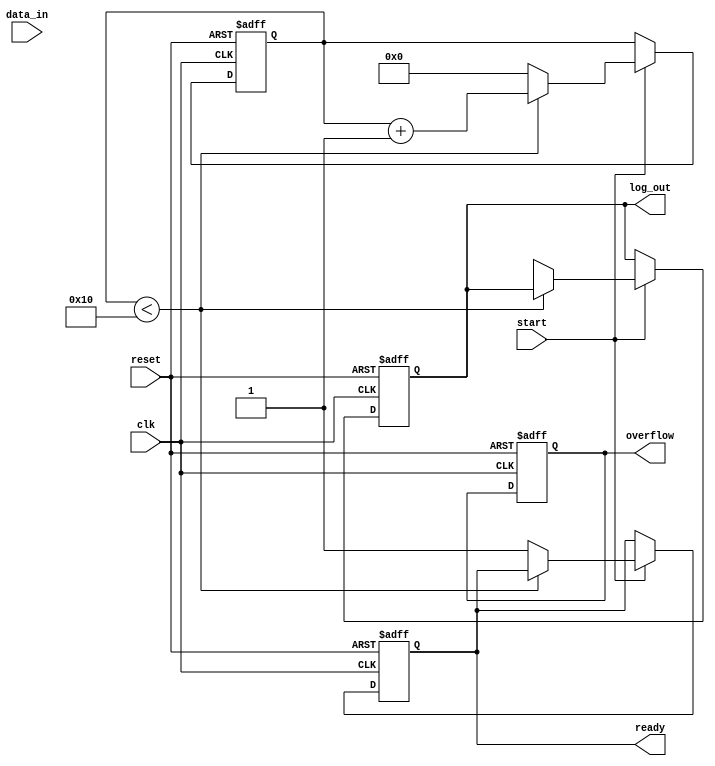
module cordic_logarithm (
    input wire clk,
    input wire reset,
    input wire start,
    input wire [15:0] data_in, // Input value for logarithm calculation
    output reg [15:0] log_out, // Logarithm output
    output reg ready,          // Indicates completion
    output reg overflow        // Overflow status flag
);

    // CORDIC parameters
    parameter NUM_ITERATIONS = 16;
    reg [15:0] x[NUM_ITERATIONS-1:0];
    reg [15:0] y[NUM_ITERATIONS-1:0];
    reg [15:0] z[NUM_ITERATIONS-1:0];
    reg [15:0] angle_table[NUM_ITERATIONS-1:0]; // Precomputed angles for CORDIC
    reg [4:0] iteration; // Iteration counter

    // Initialize angle table for logarithmic CORDIC (in radians or degrees)
    initial begin
        angle_table[0] = 16'h0000; // 0.0
        angle_table[1] = 16'h1D4C; // 0.7854 (approx. 45 degrees)
        angle_table[2] = 16'h1A6C; // 0.4637
        // Initialize other angle values as needed...
    end

    // Input normalization
    reg [15:0] normalized_input;
    always @(*) begin
        // Normalize input to range [1, 2] if necessary
        if (data_in < 16'h0001) begin
            normalized_input = 16'h0001; // Clamping to minimum
        end else if (data_in > 16'h0002) begin
            normalized_input = 16'h0002; // Clamping to maximum
        end else begin
            normalized_input = data_in;
        end
    end

    // CORDIC processing
    always @(posedge clk or posedge reset) begin
        if (reset) begin
            iteration <= 0;
            ready <= 0;
            overflow <= 0;
            log_out <= 0;
            x[0] <= normalized_input; // Initialize x with normalized input
            y[0] <= 16'h0000; // Initial y value
            z[0] <= 16'h0000; // Initial angle
        end else if (start) begin
            if (iteration < NUM_ITERATIONS) begin
                // Perform CORDIC rotation
                if (z[iteration] < 0) begin // Counter-clockwise rotation
                    x[iteration + 1] <= x[iteration] + (y[iteration] >> iteration);
                    y[iteration + 1] <= y[iteration] - (x[iteration] >> iteration);
                    z[iteration + 1] <= z[iteration] + angle_table[iteration];
                end else begin // Clockwise rotation
                    x[iteration + 1] <= x[iteration] - (y[iteration] >> iteration);
                    y[iteration + 1] <= y[iteration] + (x[iteration] >> iteration);
                    z[iteration + 1] <= z[iteration] - angle_table[iteration];
                end
                iteration <= iteration + 1;
            end else begin
                // Finalize output
                log_out <= z[NUM_ITERATIONS]; // Capture output after all iterations
                ready <= 1; // Indicate completion
                iteration <= 0; // Reset for next calculation
            end
        end
    end

endmodule